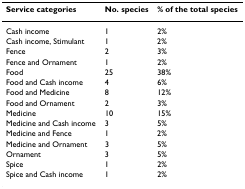
| Service categories | No. species | % of the total species |
 | --- | --- | --- |
 | Cash income | 1 | 2% |
 | Cash income, Stimulant | 1 | 2% |
 | Fence | 2 | 3% |
 | Fence and Ornament | 1 | 2% |
 | Food | 25 | 38% |
 | Food and Cash income | 4 | 6% |
 | Food and Medicine | 8 | 12% |
 | Food and Ornament | 2 | 3% |
 | Medicine | 10 | 15% |
 | Medicine and Cash income | 3 | 5% |
 | Medicine and Fence | 1 | 2% |
 | Medicine and Ornament | 3 | 5% |
 | Ornament | 3 | 5% |
 | Spice | 1 | 2% |
 | Spice and Cash income | 1 | 2% |